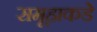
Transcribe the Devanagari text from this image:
समूहाकडे